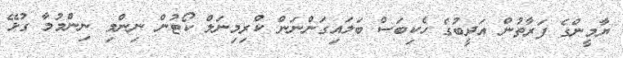
ޔާމީންގެ ފަރާތުން އަދީބުގެ ހެކިބަސް ބަލައިގަންނަން ކްރިމިނަލް ކޯޓުން ނިންމި ނިންމުމާ ގުޅޭ